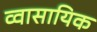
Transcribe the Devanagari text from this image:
व्वासायिक